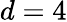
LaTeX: d=4